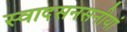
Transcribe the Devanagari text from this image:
स्वादसनसनीयां